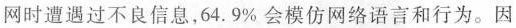
网时遭遇过不良信息，64.9%会模仿网络语言和行为。因